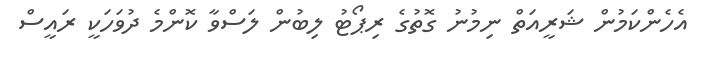
އެހެންކަމުން ޝަރީއަތް ނިމުނު ގޮތުގެ ރިޕޯޓު ލިބުން ލަސްވާ ކޮންމެ ދުވަހަކީ ރައީސް